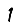
Digit: 1